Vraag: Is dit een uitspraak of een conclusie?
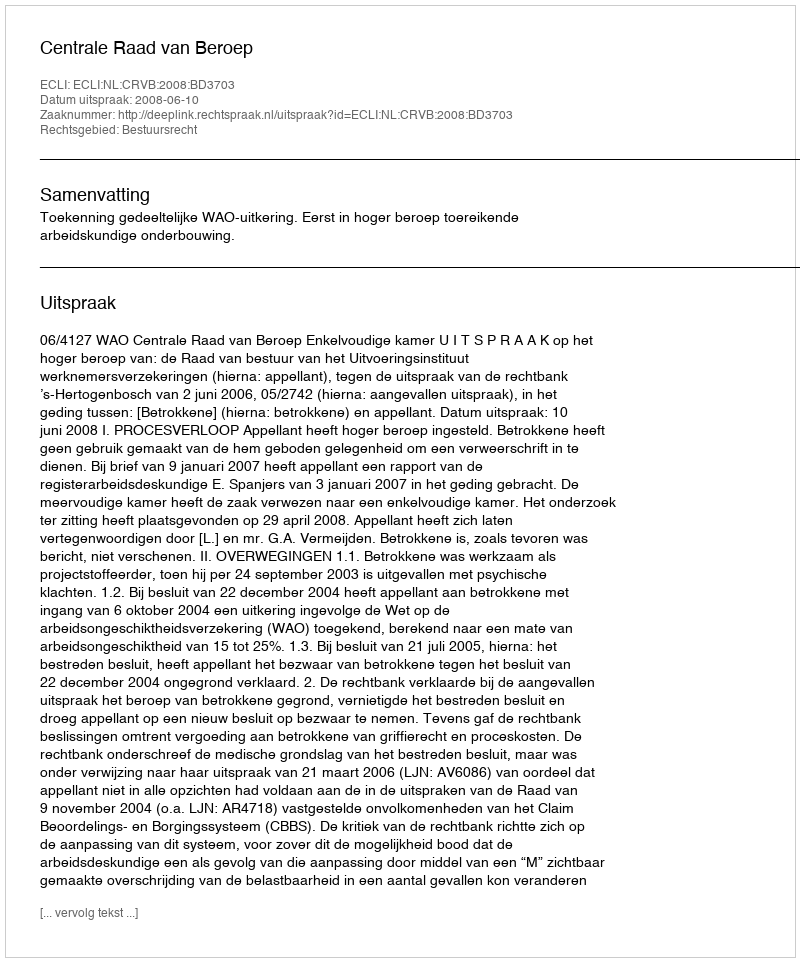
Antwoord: Uitspraak